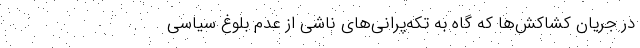
در جریان کشاکش‌ها که گاه به تکه‌پرانی‌های ناشی از عدم بلوغ سیاسی